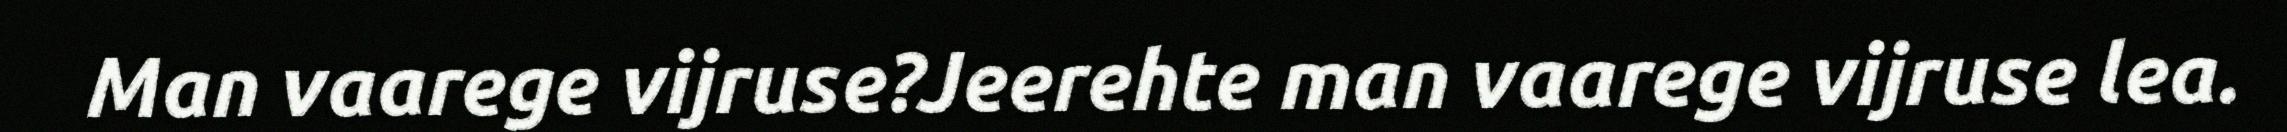
Man vaarege vijruse?Jeerehte man vaarege vijruse lea.